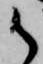
御